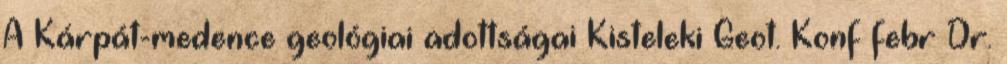
A Kárpát-medence geológiai adottságai Kisteleki Geot. Konf febr Dr.